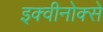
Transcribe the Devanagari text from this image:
इक्वीनोक्से